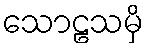
သောဠသမှိ